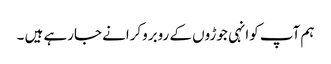
ہم آپ کوانہی جوڑوں کے روبروکرانے جارہے ہیں ۔